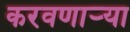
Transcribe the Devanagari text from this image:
करवणार्‍या